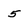
Character: 5